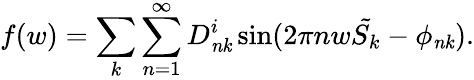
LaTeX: f(w)=\sum_{k}\sum_{n=1}^{\infty}D_{\mathit{nk}}^{i}\sin(2\pi nw{\tilde{S_{k}}}-\phi_{\mathit{nk}}).